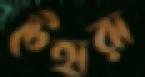
টেহারা